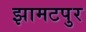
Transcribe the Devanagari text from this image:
झामटपुर